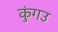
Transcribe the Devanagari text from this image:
कुंगउ